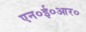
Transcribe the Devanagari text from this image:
एन०ई०आर०